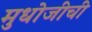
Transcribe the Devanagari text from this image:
मुधोजीची